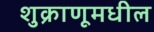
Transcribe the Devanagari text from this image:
शुक्राणूमधील